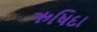
ઋષિદા